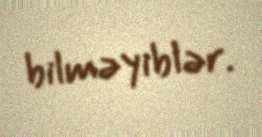
bilməyiblər.